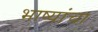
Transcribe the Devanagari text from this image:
भाष्यांचा